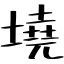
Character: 墝